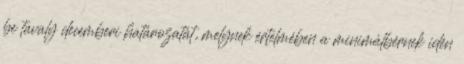
be tavaly decemberi határozatát, melynek értelmében a minimálbérnek idén